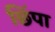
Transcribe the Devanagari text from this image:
छिंपा